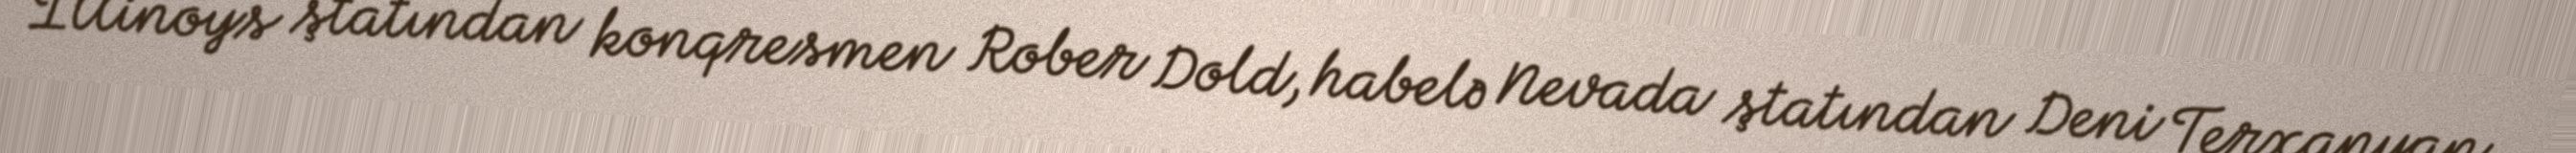
İllinoys ştatından konqresmen Rober Dold, habelə Nevada ştatından Deni Terxanyan